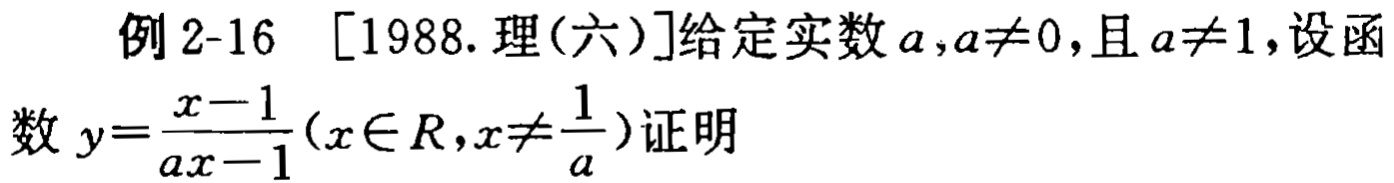
例 2-16 [1988. 理(六)]给定实数\(a,a\neq0\)，且\(a\neq1\)，设函数\(y = \frac{x - 1}{ax - 1}(x\in R,x\neq\frac{1}{a})\)证明